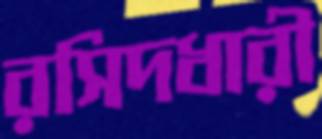
রসিদধারী